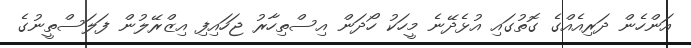
އަންހެން ދަރިއެއްގެ ގޮތުގައި އުޅެދޭނެ މީހަކު ހޯދަން އިސްތިހާރު ޖަހައިފި އިޒްރޭލުން ފަލަސްތީނުގެ